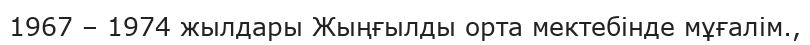
1967 – 1974 жылдары Жыңғылды орта мектебінде мұғалім.,